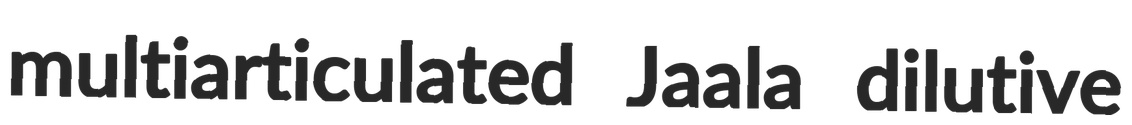
multiarticulated Jaala dilutive